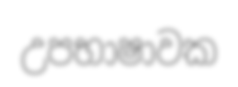
උපභාෂාවක